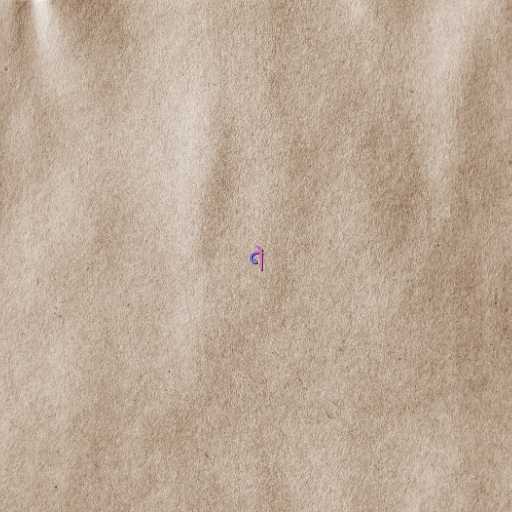
ရဲ